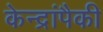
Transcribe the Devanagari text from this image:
केन्द्रांपैकी